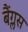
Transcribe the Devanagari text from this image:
बैंग्लस